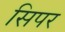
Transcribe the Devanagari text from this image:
सिपर